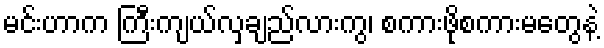
မင်းဟာက ကြီးကျယ်လှချည်လားကွ၊ စကားဖိုစကားမတွေနဲ့